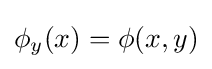
\phi _{y}(x)=\phi (x,y)